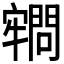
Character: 𡫡